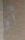
أو